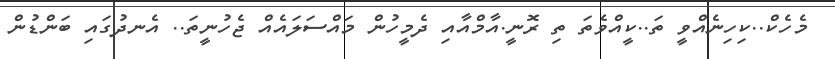
މެހެކް..ކިހިނެއްވީ ތަ..ކީއްވެތަ ތި ރޮނީ.އާމްއާއި ދެމީހުން މައްސަލައެއް ޖެހުނީތަ.. އެނދުގައި ބަންޑުން